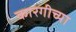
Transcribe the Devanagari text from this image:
कारगीच्या